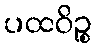
ပထဝိဉ္စ